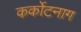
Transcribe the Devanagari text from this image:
कर्कोटनाग